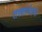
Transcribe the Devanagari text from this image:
तत्त्वपरंपरा